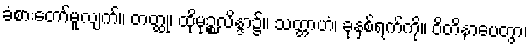
ခံစားတော်မူလျက်။ တတ္ထု၊ ထိုမုဉ္စလိန္ဒာ၌။ သတ္တာဟံ၊ ခုနှစ်ရက်ကို။ ဝိတိနာပေတွာ၊